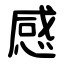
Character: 感